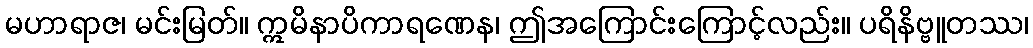
မဟာရာဇ၊ မင်းမြတ်။ ဣမိနာပိကာရဏေန၊ ဤအကြောင်းကြောင့်လည်း။ ပရိနိဗ္ဗူတဿ၊